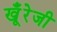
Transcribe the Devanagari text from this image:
खूँरेजी